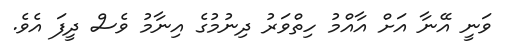
ވަނީ އޭނާ އަށް އާއްމު ހިތްވަރު ދިނުމުގެ އިނާމު ވެސް ދީފަ އެވެ.